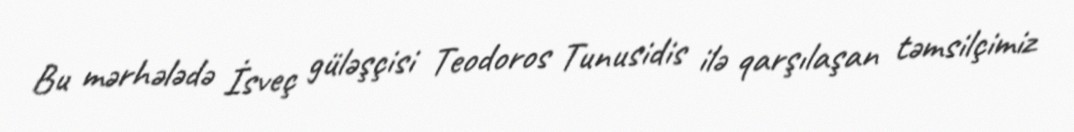
Bu mərhələdə İsveç güləşçisi Teodoros Tunusidis ilə qarşılaşan təmsilçimiz